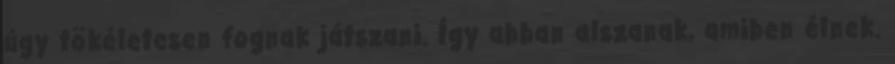
úgy tökéletesen fognak játszani. Így abban alszanak, amiben élnek.